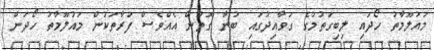
މައުލޫމާތު ހޯދައި ލިބިގަތުމުގެ ގަވާއިދުގައި ބުނާ ގޮތުން އެއްވެސް ފަރާތަކުން މައުލޫމާތު ހޯދަން